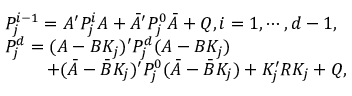
\begin{array} { r l } & { P _ { j } ^ { i - 1 } = A ^ { \prime } P _ { j } ^ { i } A + \bar { A } ^ { \prime } P _ { j } ^ { 0 } \bar { A } + Q , i = 1 , \cdots , d - 1 , } \\ & { P _ { j } ^ { d } = ( A - B K _ { j } ) ^ { \prime } P _ { j } ^ { d } ( A - B K _ { j } ) } \\ & { ~ ~ ~ ~ ~ ~ ~ + ( \bar { A } - \bar { B } K _ { j } ) ^ { \prime } P _ { j } ^ { 0 } ( \bar { A } - \bar { B } K _ { j } ) + K _ { j } ^ { \prime } R K _ { j } + Q , } \end{array}